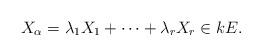
LaTeX: \begin{align*}X_\alpha=\lambda_1X_1+\cdots+\lambda_rX_r\in kE.\end{align*}